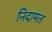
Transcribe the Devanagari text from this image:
निदामत